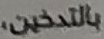
بالتدخين،